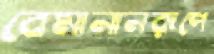
বেমানানরূপে